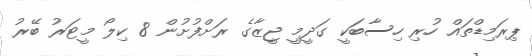
ޕިރަމިޑްތައް ހުރި ހިސާބަކީ ގަދީމީ ޖީޒާގެ ރަށްފުށުން 8 ކިލޯ މީޓަރު ބޭރު